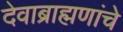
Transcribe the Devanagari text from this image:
देवाब्राह्मणांचे